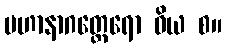
မဟာနာဂတ္ထေရော ဝိယ စ။